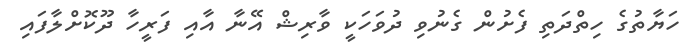
ހަޔާތުގެ ހިތްދަތި ފެށުން ގެނުވި ދުވަހަކީ ވާރިޝް އޭނާ އާއި ފަރީހާ ދޫކޮށްލާފައި